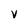
Character: V